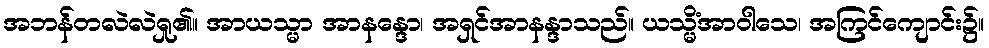
အဘန်တလဲလဲရှု၏။ အာယသ္မာ အာနန္ဒော၊ အရှင်အာနန္ဒာသည်။ ယသ္မိံအာဝါသေ၊ အကြင်ကျောင်း၌။